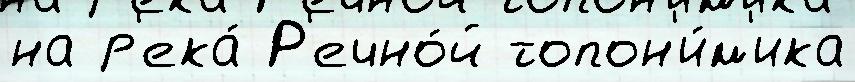
на р'ека́ Р'ечно́й топон'и́м'ика